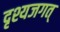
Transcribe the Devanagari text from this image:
दृश्यजगत्‌